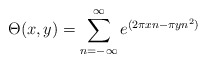
\begin{align*}\Theta(x,y)=\sum_{n=-\infty}^{\infty}e^{(2\pi xn-\pi yn^2)}\end{align*}